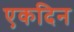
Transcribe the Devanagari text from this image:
एकदिन